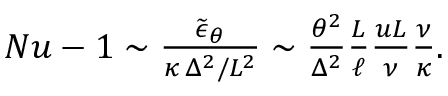
\begin{array} { r } { N u - 1 \sim \frac { \widetilde \epsilon _ { \theta } } { \kappa \, \Delta ^ { 2 } / L ^ { 2 } } \sim \frac { \theta ^ { 2 } } { \Delta ^ { 2 } } \frac { L } { \ell } \frac { u L } { \nu } \frac { \nu } { \kappa } . } \end{array}